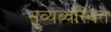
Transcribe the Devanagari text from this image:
सुव्यव्वस्थित